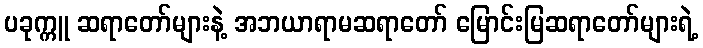
ပခုက္ကူ ဆရာတော်များနဲ့ အဘယာရာမဆရာတော် မြောင်းမြဆရာတော်များရဲ့